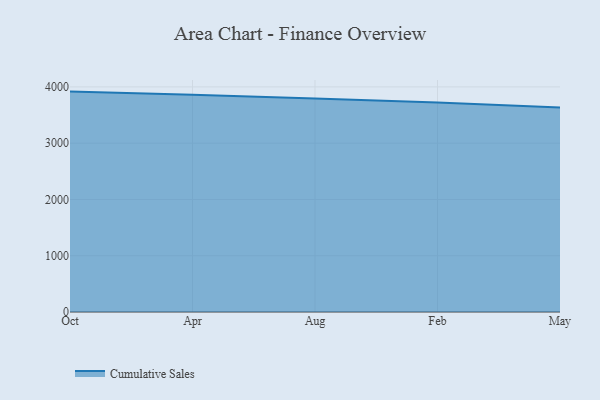
{"axis": {"x": "Month", "y": "Headcount"}, "legend": ["Cumulative Sales"], "data": [{"x": "Oct", "y": 3916.7, "type": "Cumulative Sales"}, {"x": "Apr", "y": 3861.8, "type": "Cumulative Sales"}, {"x": "Aug", "y": 3792.8, "type": "Cumulative Sales"}, {"x": "Feb", "y": 3722.8, "type": "Cumulative Sales"}, {"x": "May", "y": 3636.0, "type": "Cumulative Sales"}]}